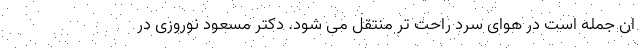
ان جمله است در هوای سرد راحت تر منتقل می شود. دکتر مسعود نوروزی در